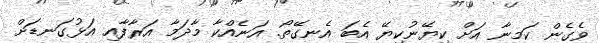
ވެގެން ކަމނާ އަށް ކިޔޭނުކިޔޭ އެބަ އެނގޭތޯ. އަނެއްކާ މާދަމާ އަރާފާއި އަޅުގަނޑަށް